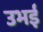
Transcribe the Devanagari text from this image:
उभई